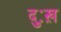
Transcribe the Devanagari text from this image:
दुःख़